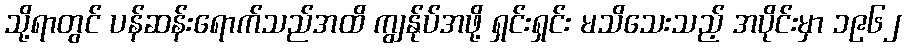
သို့ရာတွင် ပန်ဆန်းရောက်သည်အထိ ကျွန်ုပ်အဖို့ ရှင်းရှင်း မသိသေးသည့် အပိုင်းမှာ ၁၉၆၂